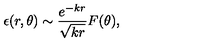
\epsilon ( r , \theta ) \sim \frac { e ^ { - k r } } { \sqrt { k r } } F ( \theta ) ,